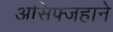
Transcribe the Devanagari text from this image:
असिफ्जहाने